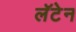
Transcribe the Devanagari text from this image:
लॅटेन